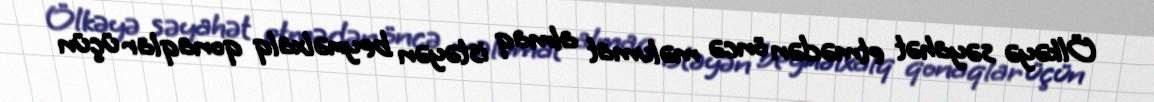
Ölkəyə səyahət etmədən öncə məlumat almaq istəyən beynəlxalq qonaqlar üçün